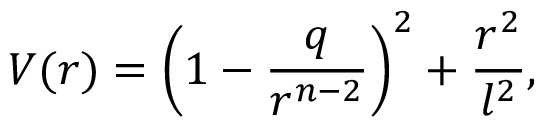
V ( r ) = \left( 1 - { \frac { q } { r ^ { n - 2 } } } \right) ^ { 2 } + { \frac { r ^ { 2 } } { l ^ { 2 } } } ,